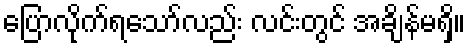
ပြောလိုက်ရသော်လည်း လင်းတွင် အချိန်မရှိ။